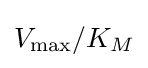
V_{\rm {max}}/K_{M}